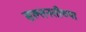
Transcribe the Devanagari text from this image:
सल्तनतीच्या